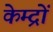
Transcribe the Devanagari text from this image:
केम्द्रों